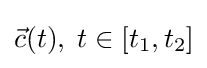
{\vec {c}}(t),\;t\in [t_{1},t_{2}]